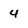
Character: 4